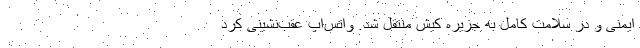
ایمنی و در سلامت کامل به جزیره کیش منتقل شد. واتس‌اپ عقب‌نشینی کرد